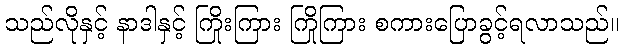
သည်လိုနှင့် နာဒါနှင့် ကြိုးကြား ကြိုကြား စကားပြောခွင့်ရလာသည်။